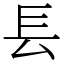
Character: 镸